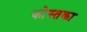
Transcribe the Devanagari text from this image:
कोस्तका